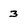
Character: 3